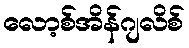
လော့စ်အိန်ဂျလိစ်